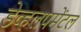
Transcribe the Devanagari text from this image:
डेव्हलपमेंटल